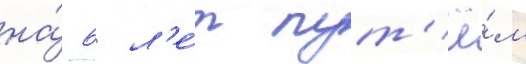
на́ 6 л'е́т пут'ё́м